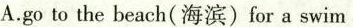
A.go to the beach(海滨)for a swim